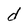
Character: d